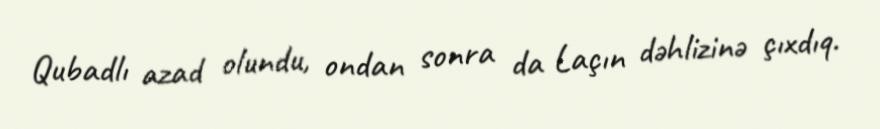
Qubadlı azad olundu, ondan sonra da Laçın dəhlizinə çıxdıq.